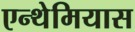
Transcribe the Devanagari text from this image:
एन्थेमियास